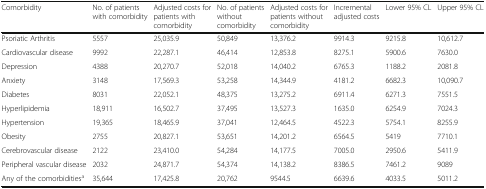
<table><thead><tr><td><b>Comorbidity</b></td><td><b>No. of patients with comorbidity</b></td><td><b>Adjusted costs for patients with comorbidity</b></td><td><b>No. of patients without comorbidity</b></td><td><b>Adjusted costs for patients without comorbidity</b></td><td><b>Incremental adjusted costs</b></td><td><b>Lower 95% CL</b></td><td><b>Upper 95% CL</b></td></tr></thead><tbody><tr><td>Psoriatic Arthritis</td><td>5557</td><td>25,035.9</td><td>50,849</td><td>13,376.2</td><td>9914.3</td><td>9215.8</td><td>10,612.7</td></tr><tr><td>Cardiovascular disease</td><td>9992</td><td>22,287.1</td><td>46,414</td><td>12,853.8</td><td>8275.1</td><td>5900.6</td><td>7630.0</td></tr><tr><td>Depression</td><td>4388</td><td>20,270.7</td><td>52,018</td><td>14,040.2</td><td>6765.3</td><td>1188.2</td><td>2081.8</td></tr><tr><td>Anxiety</td><td>3148</td><td>17,569.3</td><td>53,258</td><td>14,344.9</td><td>4181.2</td><td>6682.3</td><td>10,090.7</td></tr><tr><td>Diabetes</td><td>8031</td><td>22,052.1</td><td>48,375</td><td>13,275.2</td><td>6911.4</td><td>6271.3</td><td>7551.5</td></tr><tr><td>Hyperlipidemia</td><td>18,911</td><td>16,502.7</td><td>37,495</td><td>13,527.3</td><td>1635.0</td><td>6254.9</td><td>7024.3</td></tr><tr><td>Hypertension</td><td>19,365</td><td>18,465.9</td><td>37,041</td><td>12,464.5</td><td>4522.3</td><td>5754.1</td><td>8255.9</td></tr><tr><td>Obesity</td><td>2755</td><td>20,827.1</td><td>53,651</td><td>14,201.2</td><td>6564.5</td><td>5419</td><td>7710.1</td></tr><tr><td>Cerebrovascular disease</td><td>2122</td><td>23,410.0</td><td>54,284</td><td>14,177.5</td><td>7005.0</td><td>2950.6</td><td>5411.9</td></tr><tr><td>Peripheral vascular disease</td><td>2032</td><td>24,871.7</td><td>54,374</td><td>14,138.2</td><td>8386.5</td><td>7461.2</td><td>9089</td></tr><tr><td>Any of the comorbidities<sup>a</sup></td><td>35,644</td><td>17,425.8</td><td>20,762</td><td>9544.5</td><td>6639.6</td><td>4033.5</td><td>5011.2</td></tr></tbody></table>